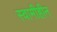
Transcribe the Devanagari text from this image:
स्वामीहीन